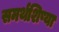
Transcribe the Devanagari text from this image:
समर्थशिष्या